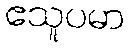
ဧသူပမာ